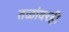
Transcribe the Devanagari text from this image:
तळांवरही